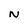
Character: N